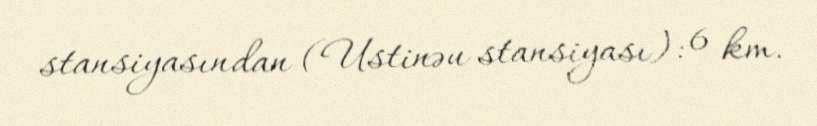
stansiyasından (Ustinəu stansiyası): 6 km.